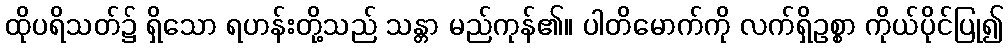
ထိုပရိသတ်၌ ရှိသော ရဟန်းတို့သည် သန္တာ မည်ကုန်၏။ ပါတိမောက်ကို လက်ရှိဥစ္စာ ကိုယ်ပိုင်ပြု၍